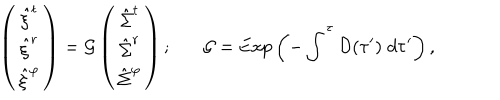
LaTeX: \left( \begin{array} { c } { { { \hat { \xi } } ^ { t } } } \\ { { { \hat { \xi } } ^ { r } } } \\ { { { \hat { \xi } } ^ { \varphi } } } \\ \end{array} \right) = { \cal G } \left( \begin{array} { c } { { { \hat { \Sigma } } ^ { t } } } \\ { { { \hat { \Sigma } } ^ { r } } } \\ { { { \hat { \Sigma } } ^ { \varphi } } } \\ \end{array} \right) ; { \cal G } = \mathrm { E x p } \left( - \int ^ { \tau } { \cal D } ( \tau ^ { \prime } ) \; d \tau ^ { \prime } \right) ,